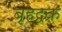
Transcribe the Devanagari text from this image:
बृहद्वक्र